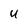
Character: U